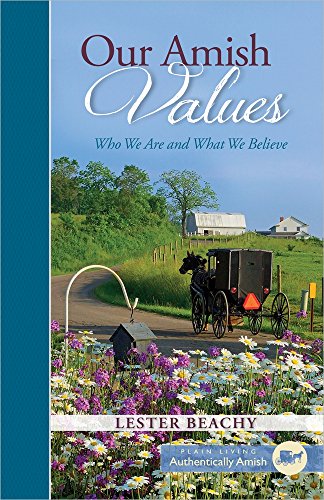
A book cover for Our Amish Values: Who We Are and What We Believe (Plain Living); Lester Beachy; Christian Books & Bibles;